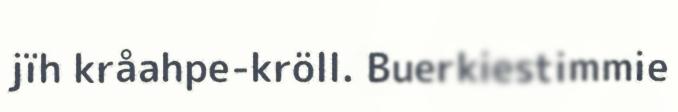
jïh kråahpe-kröll. Buerkiestimmie